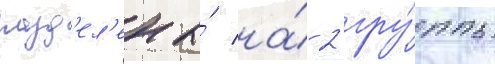
разд'ел'ены́ на́ 2 гру́ппы